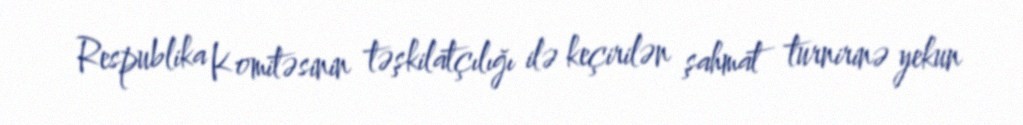
Respublika Komitəsinin təşkilatçılığı ilə keçirilən şahmat turnirinə yekun